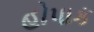
હોપાક